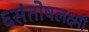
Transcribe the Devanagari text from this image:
६संतोषलक्ष्मी